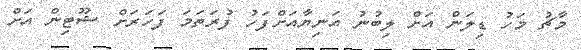
މާޗު މަހު ޑިލަން އަށް ލިބުނު އަނިޔާއަށްފަހު ފުރަތަމަ ފަހަރަށް ޝޫޓިން އަށް